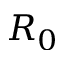
R _ { 0 }